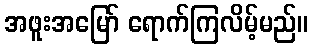
အဖူးအမြော် ရောက်ကြလိမ့်မည်။